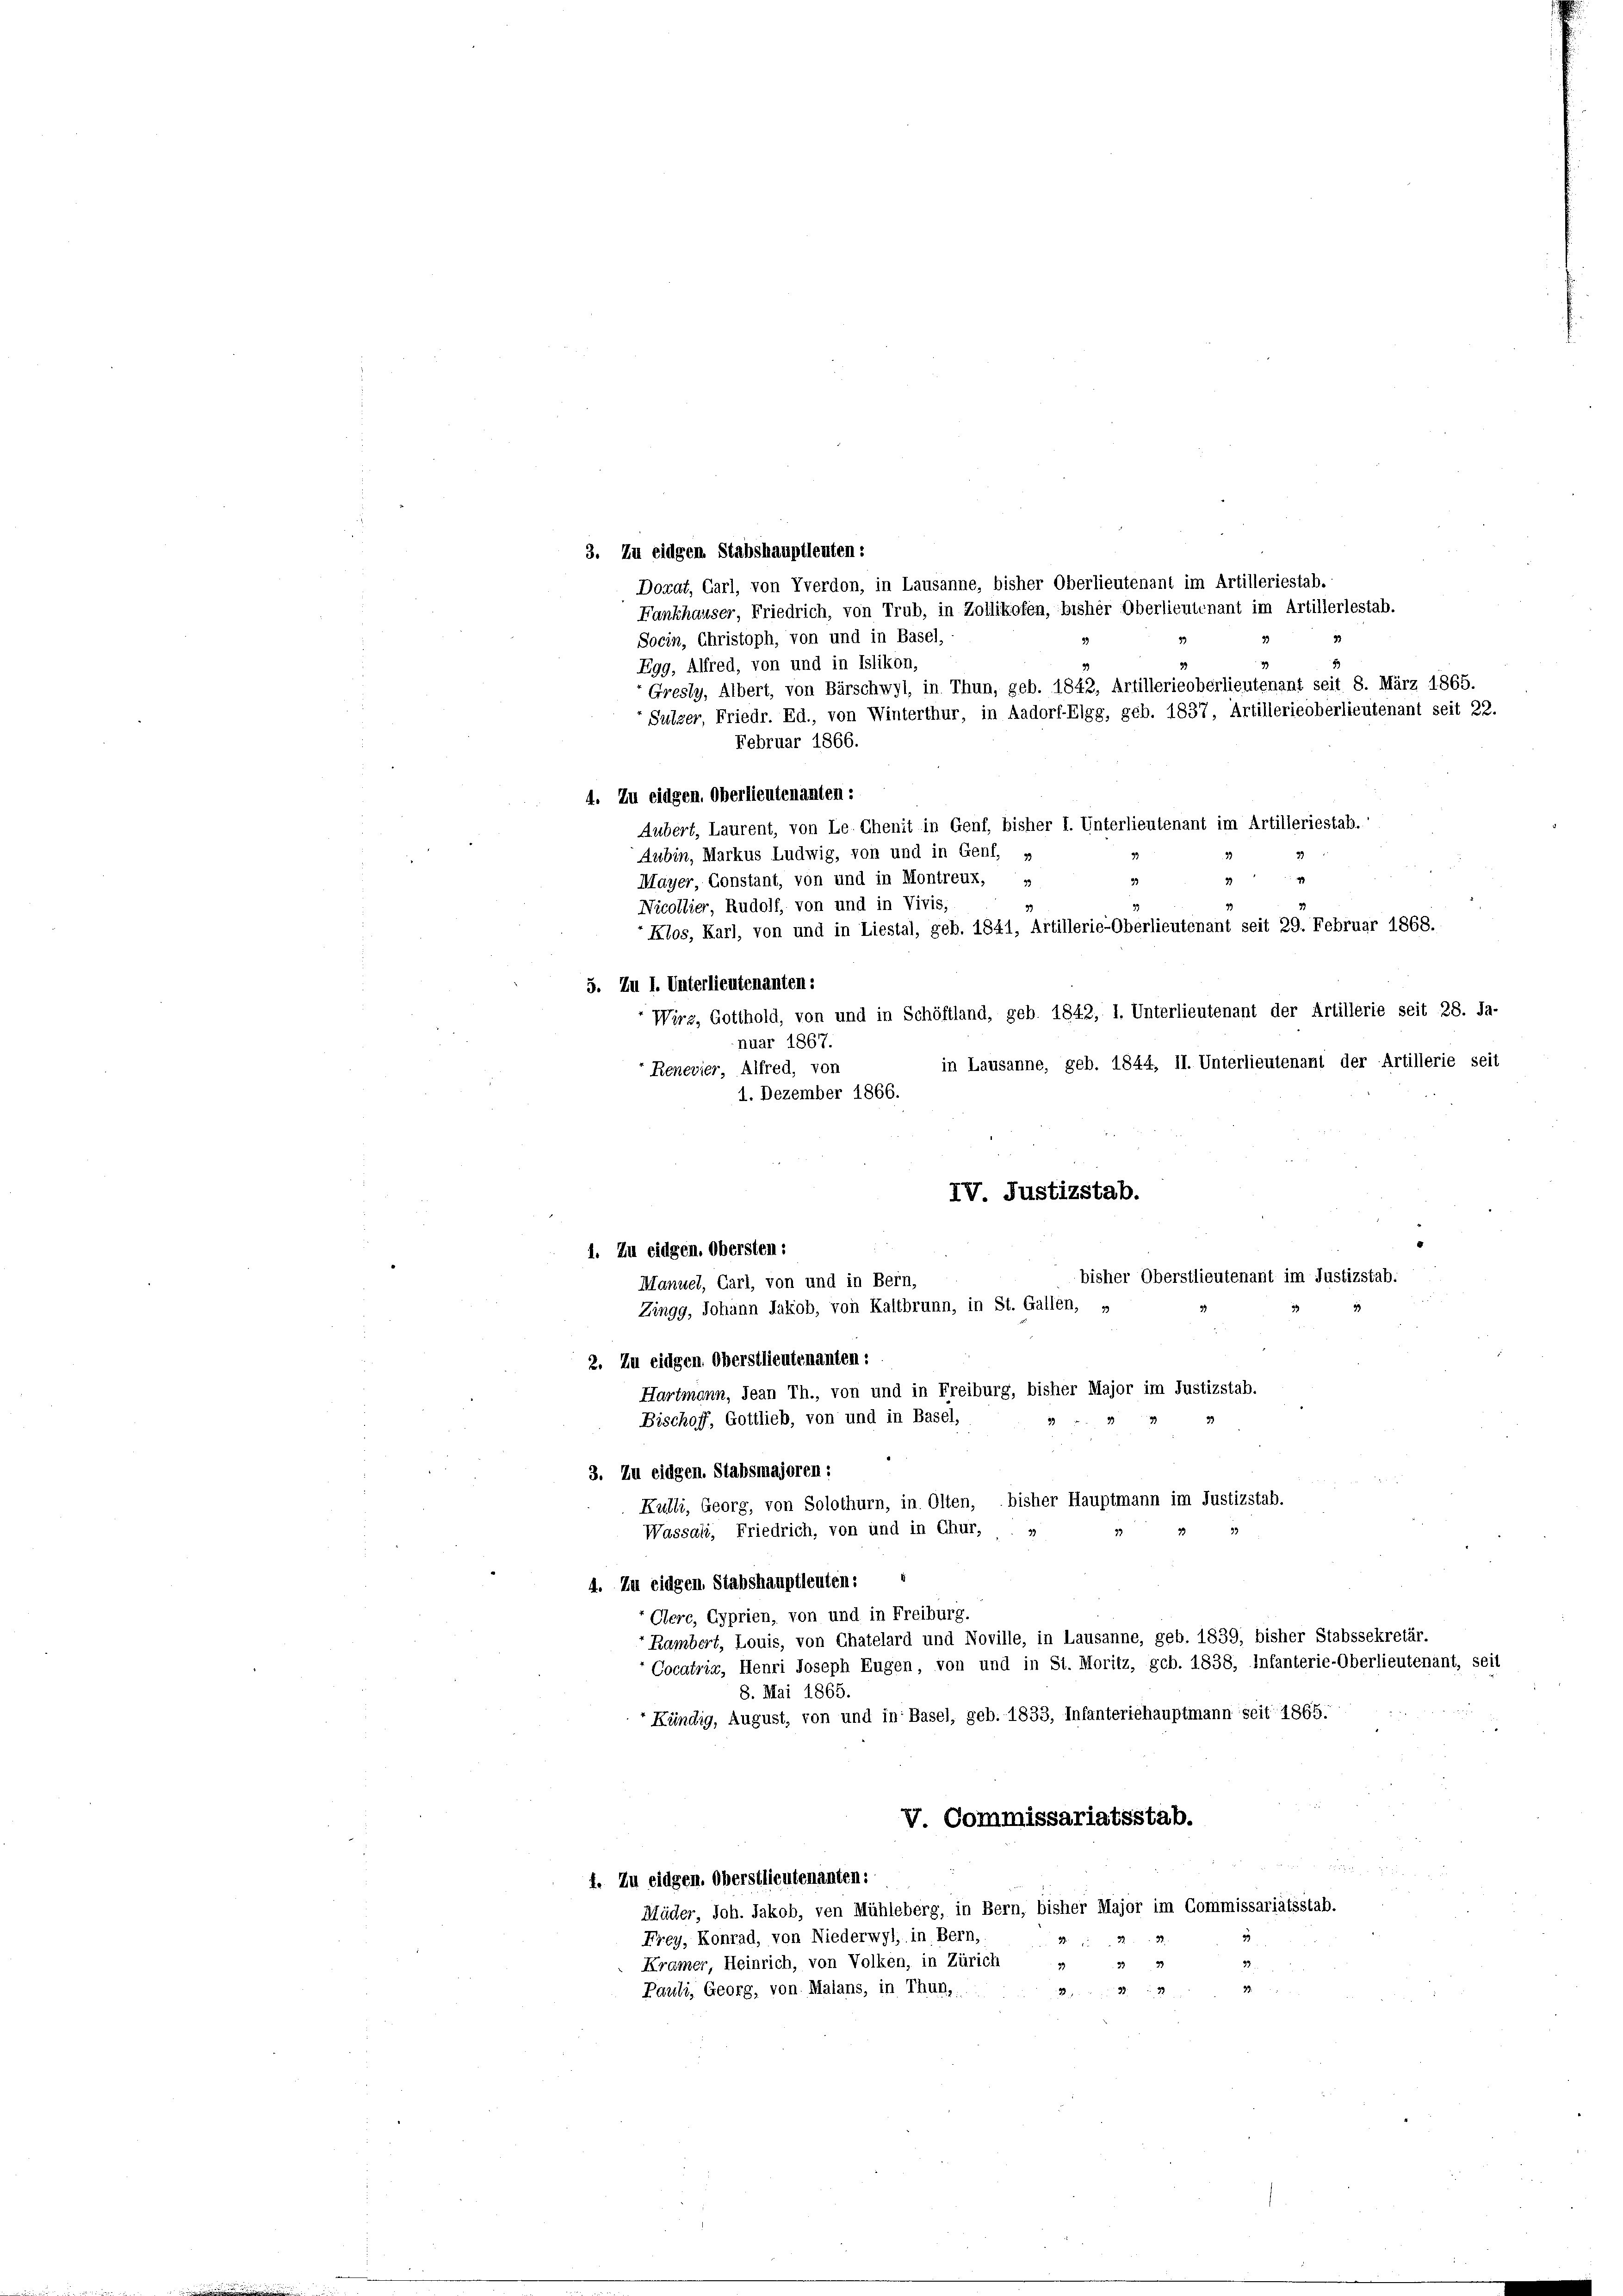
3. Zu eidgen. Stabshauptleuten:
Socin, Christoph, von und in Basel,
Egg, Alfred, von und in Islikon,
Februar 1866.
4. Zu eidgen. Oberlieutenanten:
Aubert, Laurent, von Le- Chenit in Genf, bisher I. Unterlieutenant im Artilleriestab.
Aubin, Markus Ludwig, von und in Genf, »
33
49
3
93
Mayer, Constant, von und in Montreux, »
33
33
Nicollier, Rudolf, von und in Vivis,
-Klos, Karl, von und in Liestal, geb. 1841, Artillerie-Oberlieutenant seit 29. Februar 1868.
5. Zu I. Unterlieutenanten:
Wirz, Gotthold, von und in Schöftland, geb. 1842, 1. Unterlieutenant der Artillerie seit 28. Ja-
nuar 1867.
in Lausanne, geb. 1844, II. Unterlieutenant der Artillerie seit
Renevier, Alfred, von
1. Dezember 1866.
2. Zu eidgen. Oberstlieutenanten:
Hartmann, Jean Th., von und in Freiburg, bisher Major im Justizstab.
Bischoff, Gottlieb, von und in Basel,
3. Zu eidgen. Stabsmajoren :
Kulli, Georg, von Solothurn, in Olten, bisher Hauptmann im Justizstab.
Wassali, Friedrich, von und in Chur,
39
4. Zu eidgen Stabshauptleuten:
Oerc, Gyprien, von und in Freiburg.
Rambert, Louis, von Chatelard und Noville, in Lausanne, geb. 1839, bisher Stabssekretär.
Cocatria, Henri Joseph Eugen, von und in St. Moritz, geb. 1838, Infanterie-Oberlieutenant, seit
8. Mai 1865.
Kündig, August, von und in Basel, geb. 1833, Infanteriehauptmann seit 1865.
V. Commissariatsstab.
e
f. Zu eidgen. Oberstlieutenanten:
Mäder, Joh. Jakob, von Mühleberg, in Bern, bisher Major im Commissariatsstab.
Frey, Konrad, von Niederwyl, in Bern,
Kramer, Heinrich, von Volken, in Zürich
Pauli, Georg, von Malans, in Thun,
2

Dorat, Garl, von Tverdon, in Lausanne, bisher Oberlieutenant im Artilleriestab.
Fankhauser, Friedrich, von Trub, in Zollikofen, bisher Oberlieutenant im Artillerlestab.
Gresly, Albert, von Bärschwyl, in Thun, geb. 1842, Artillerieoberlieutenant seit 8. März 1865.
Sulzer, Friedr. Ed., von Winterthur, in Aadorf-Elgg, geb. 1837, Artillerieoberlieutenant seit 22.

IV. Justizstab.
1. Zu eidgen. Obersten:
bisher Oberstlieutenant im Justizstab.
Manuel, Carl, von und in Bern,
Zingg, Johann Jakob, von Kaltbrunn, in St. Gallen, »